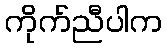
ကိုက်ညီပါက